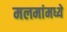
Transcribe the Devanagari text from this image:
मलमांमध्ये